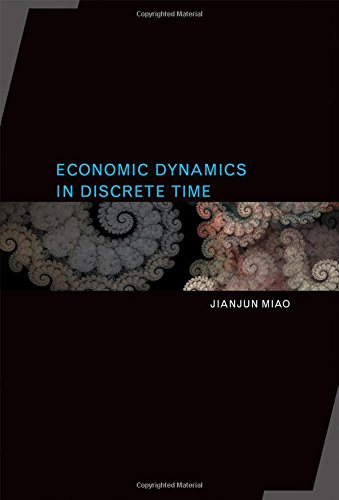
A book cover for Economic Dynamics in Discrete Time; Jianjun Miao; Business & Money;